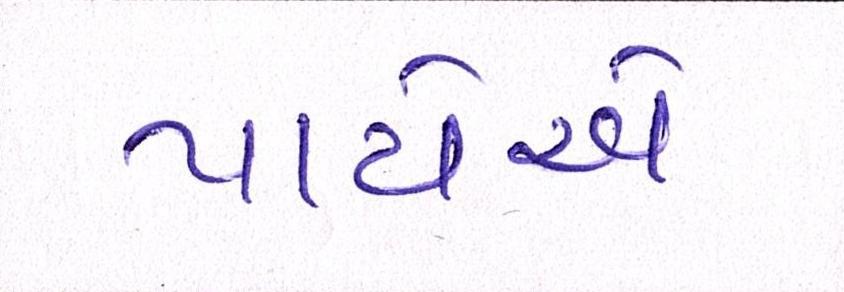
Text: પાયેએ